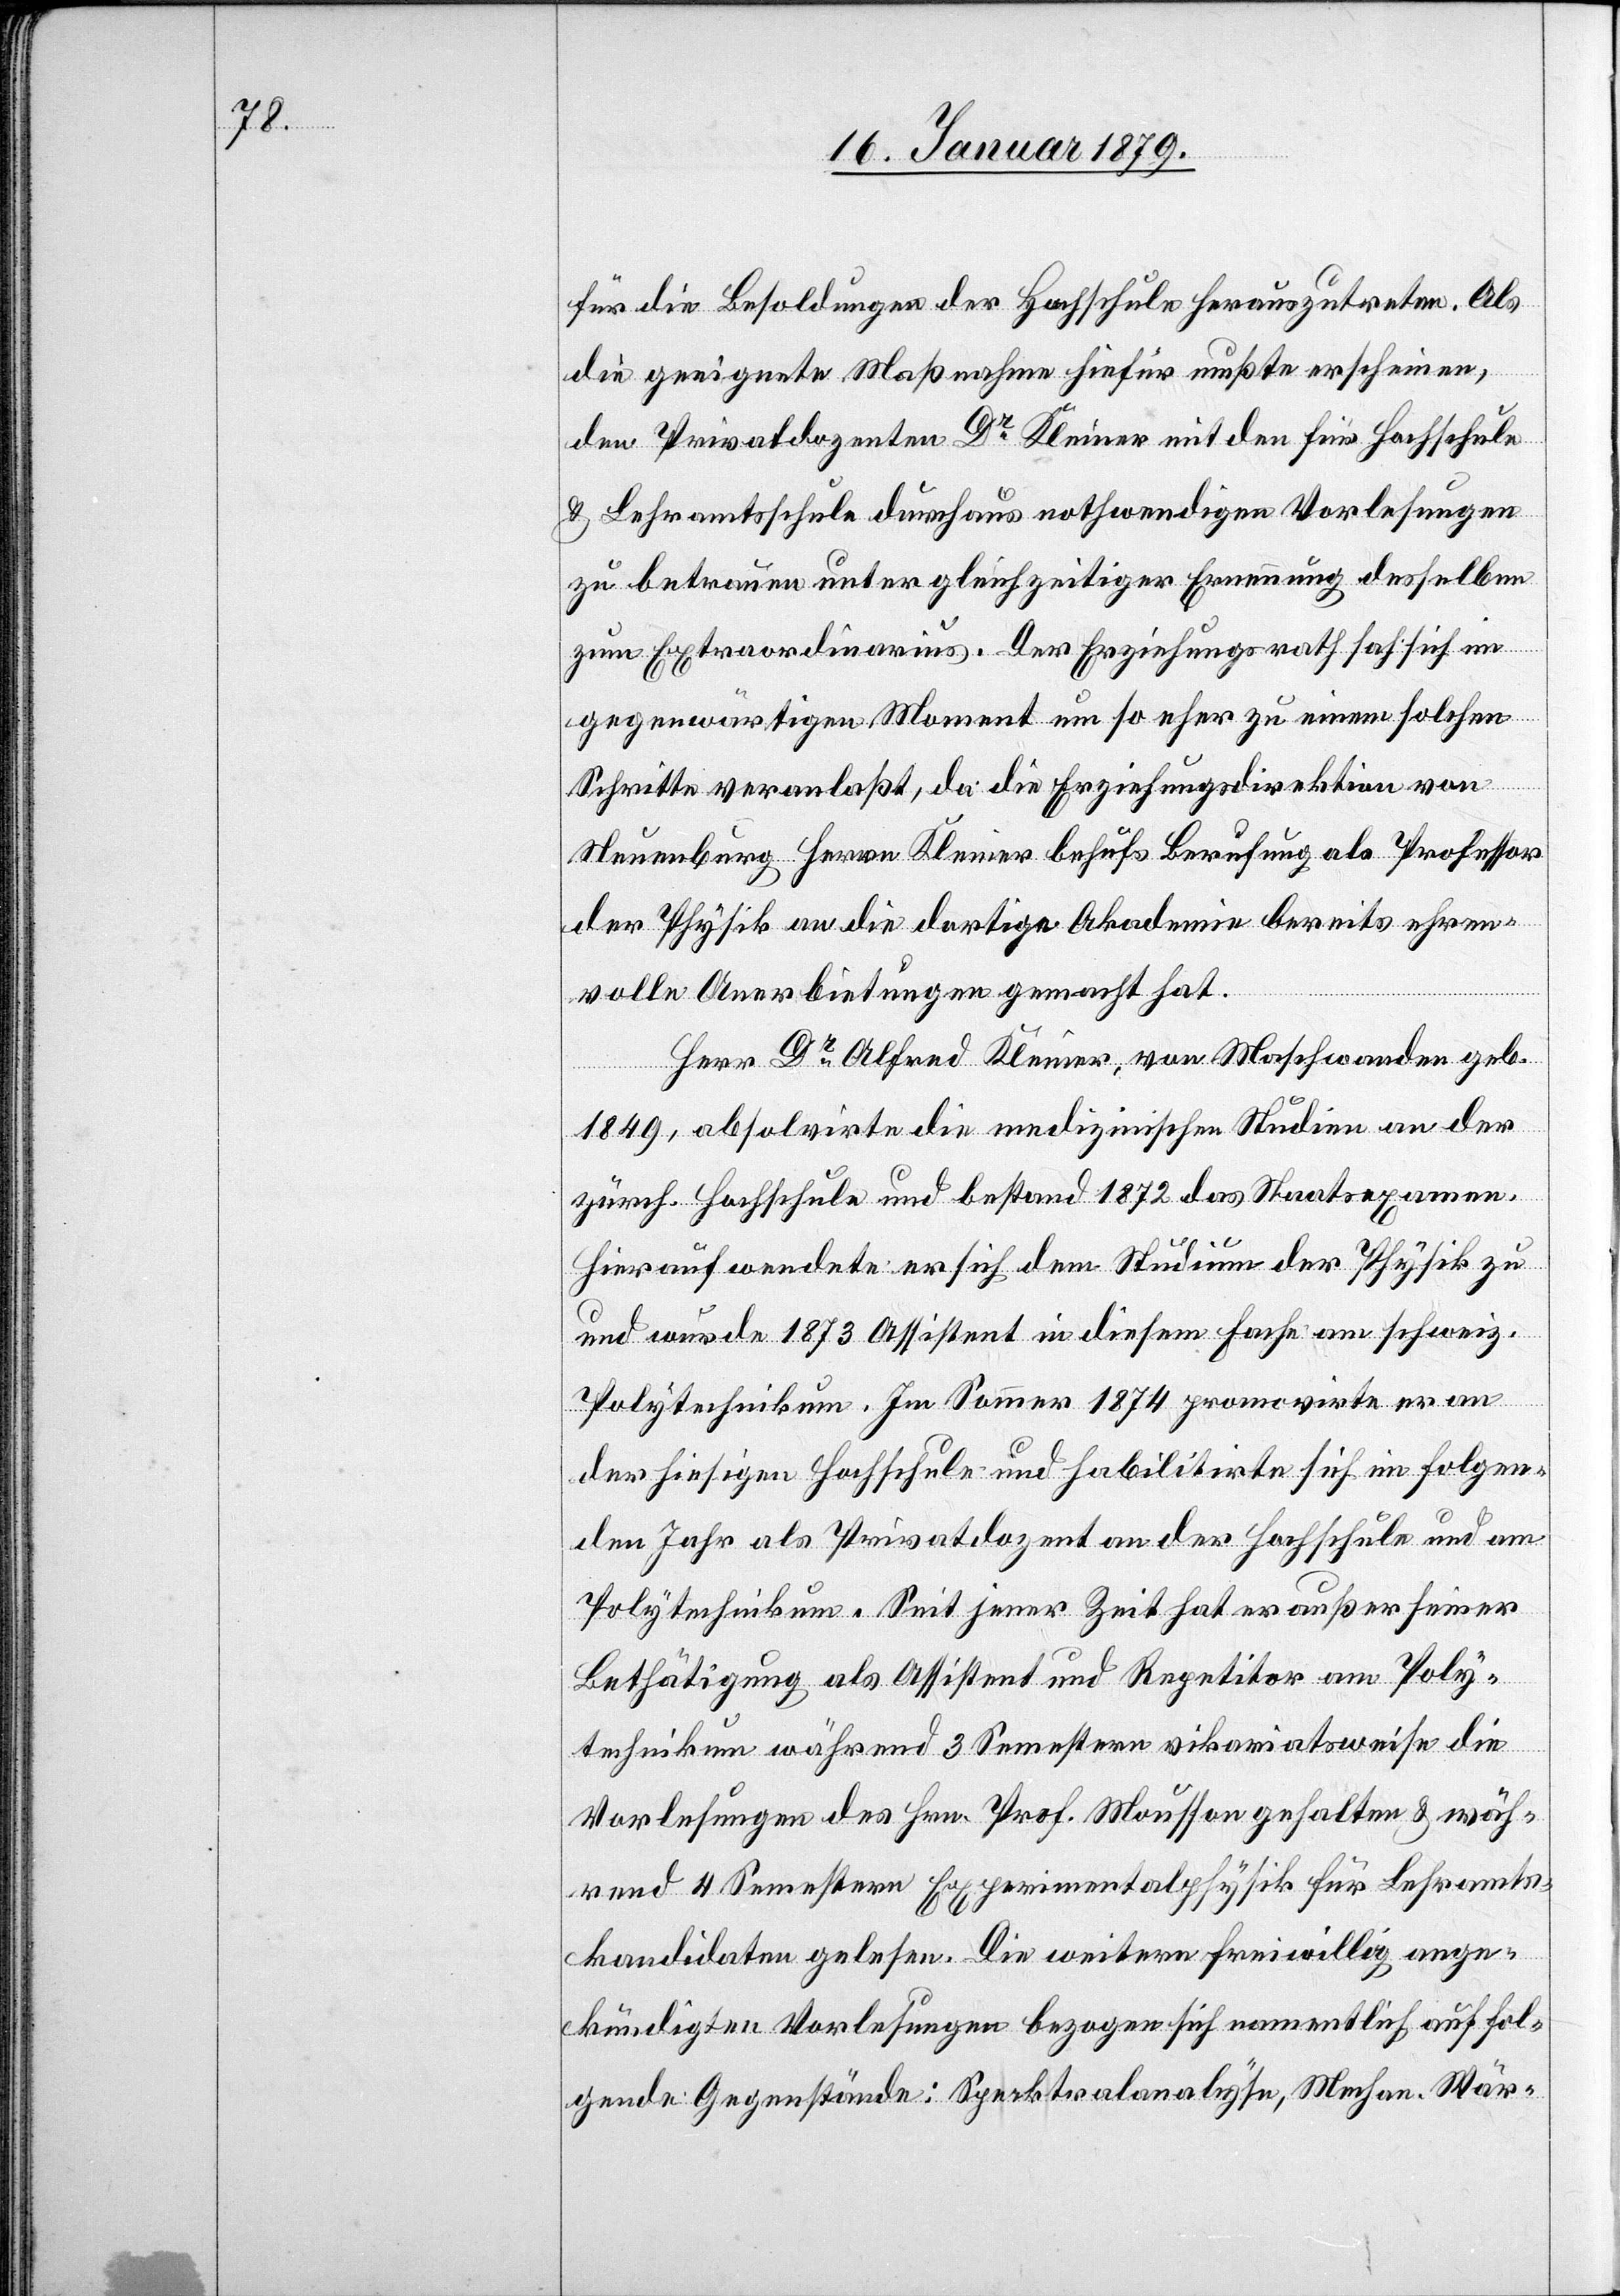
für die Besoldungen der Hochschule herauszutreten. Als
die geeignete Maßnahme hiefür mußte erscheinen,
den Privatdozenten Dr Kleiner mit den für Hochschule
& Lehramtsschule durchaus nothwendigen Vorlesungen
zu betrauen unter gleichzeitiger Ernennung desselben
zum Extraordinarius. Der Erziehungsrath hat sich im
gegenwärtigen Moment um so eher zu einem solchen
Schritte veranlaßt, da die Erziehungsdirektion von
Neuenburg Herrn Kleiner behufs Berufung als Professor
der Physik an die dortige Akademie bereits ehren¬
volle Anerbietungen gemacht hat.
Herr Dr Alfred Kleiner, von Maschwanden geb.
1849, absolvirte medizinische Studien an der
zürch. Hochschule und bestand 1872 das Staatsexamen.
Hierauf wendete er sich dem Studium der Physik zu
und wurde 1873 Assistent in diesem Fache am schweiz.
Polytechnikum. Im Sommer 1874 promovirte er an
der hiesigen Hochschule und habilitirte sich im folgen¬
den Jahr als Privatdozent an der Hochschule und am
Polytechnikum. Seit jener Zeit hat er außer seiner
Betätigung als Assistent und Repetitor am Poly¬
technikum während 3 Semestern vikariatsweise die
Vorlesungen des Hrn. Prof. Mousson gehalten & wäh¬
rend 4 Semestern Experimentalphysik für Lehramts¬
kandidaten gelesen. Die weitern freiwillig ange¬
kündigten Vorlesungen bezogen sich namentlich auf fol¬
gende Gegenstände: Specktralanalyse, Mechan. Wär-